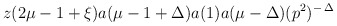
\begin{align*}z(2\mu-1+\xi) a(\mu-1+\Delta) a(1) a(\mu-\Delta) (p^2)^{- \, \Delta}\end{align*}